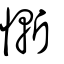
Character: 慚